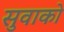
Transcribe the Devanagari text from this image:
सुवाको